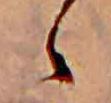
ゝ